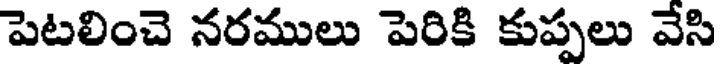
పెటలించె నరములు పెరికి కుప్పలు వేసి